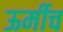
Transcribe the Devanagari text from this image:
ऊर्मीच